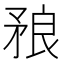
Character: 𥍫